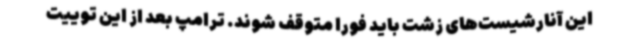
این آنارشیست‌های زشت باید فورا متوقف شوند. ترامپ بعد از این توییت